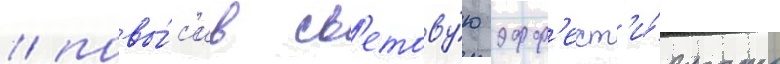
/ повы́с'ив св'етову́ю эфф'ект'и́вность